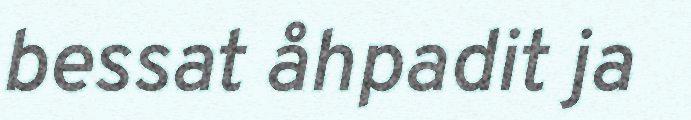
bessat åhpadit ja